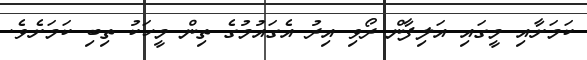
ކަމަށާއި މީގައި އަލިފާން ރޯވި އިރު އެގައުމުގެ ތިން މީހަކު ތިބި ކަމަށެވެ.